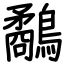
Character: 鷸